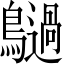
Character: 𪇍